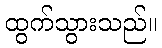
ထွက်သွားသည်။